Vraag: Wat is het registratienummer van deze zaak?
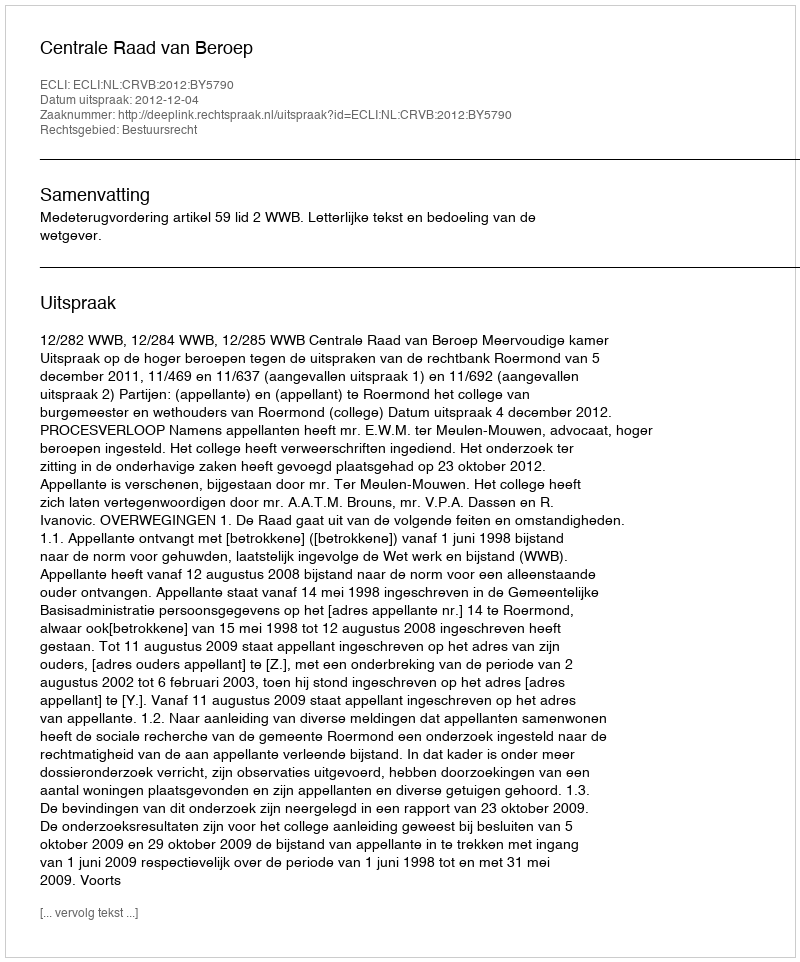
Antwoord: http://deeplink.rechtspraak.nl/uitspraak?id=ECLI:NL:CRVB:2012:BY5790